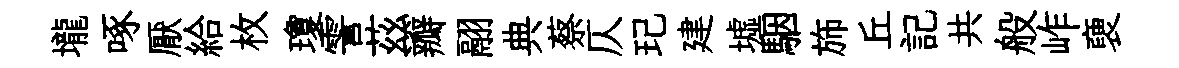
壠啄厭給枚瓊霅茲瓣翮典蔡仄玘建墟駰斾丘記共般岞褏